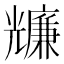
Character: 𠓌